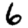
Digit: 6